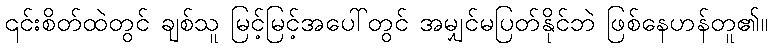
၎င်းစိတ်ထဲတွင် ချစ်သူ မြင့်မြင့်အပေါ်တွင် အမျှင်မပြတ်နိုင်ဘဲ ဖြစ်နေဟန်တူ၏။